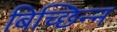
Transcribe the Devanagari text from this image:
बिच्छिन्न